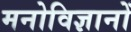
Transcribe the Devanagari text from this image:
मनोविज्ञानों